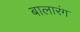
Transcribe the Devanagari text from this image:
बालारंग